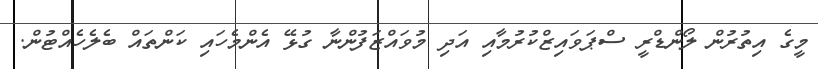
މީގެ އިތުރުން ލޯންޑްރީ ސްޕަވައިޒްކުރުމާއި އަދި މުވައްޒަފުންނާ ގުޅޭ އެންމެހައި ކަންތައް ބެލެހެއްޓުން.